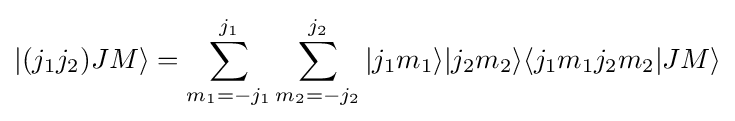
|(j_{1}j_{2})JM\rangle =\sum _{m_{1}=-j_{1}}^{j_{1}}\sum _{m_{2}=-j_{2}}^{j_{2}}|j_{1}m_{1}\rangle |j_{2}m_{2}\rangle \langle j_{1}m_{1}j_{2}m_{2}|JM\rangle